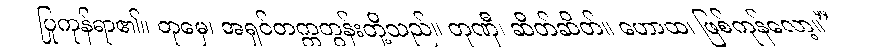
ပြုကုန်ရာ၏။ တုမှေ၊ အရှင်တက္ကတွန်းတို့သည်။ တုဏှီ၊ ဆိတ်ဆိတ်။ ဟောထ၊ ဖြစ်ကုန်လော့။”